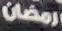
رمضان